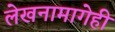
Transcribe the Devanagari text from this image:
लेखनामागेही